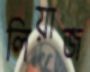
লিয়াজ